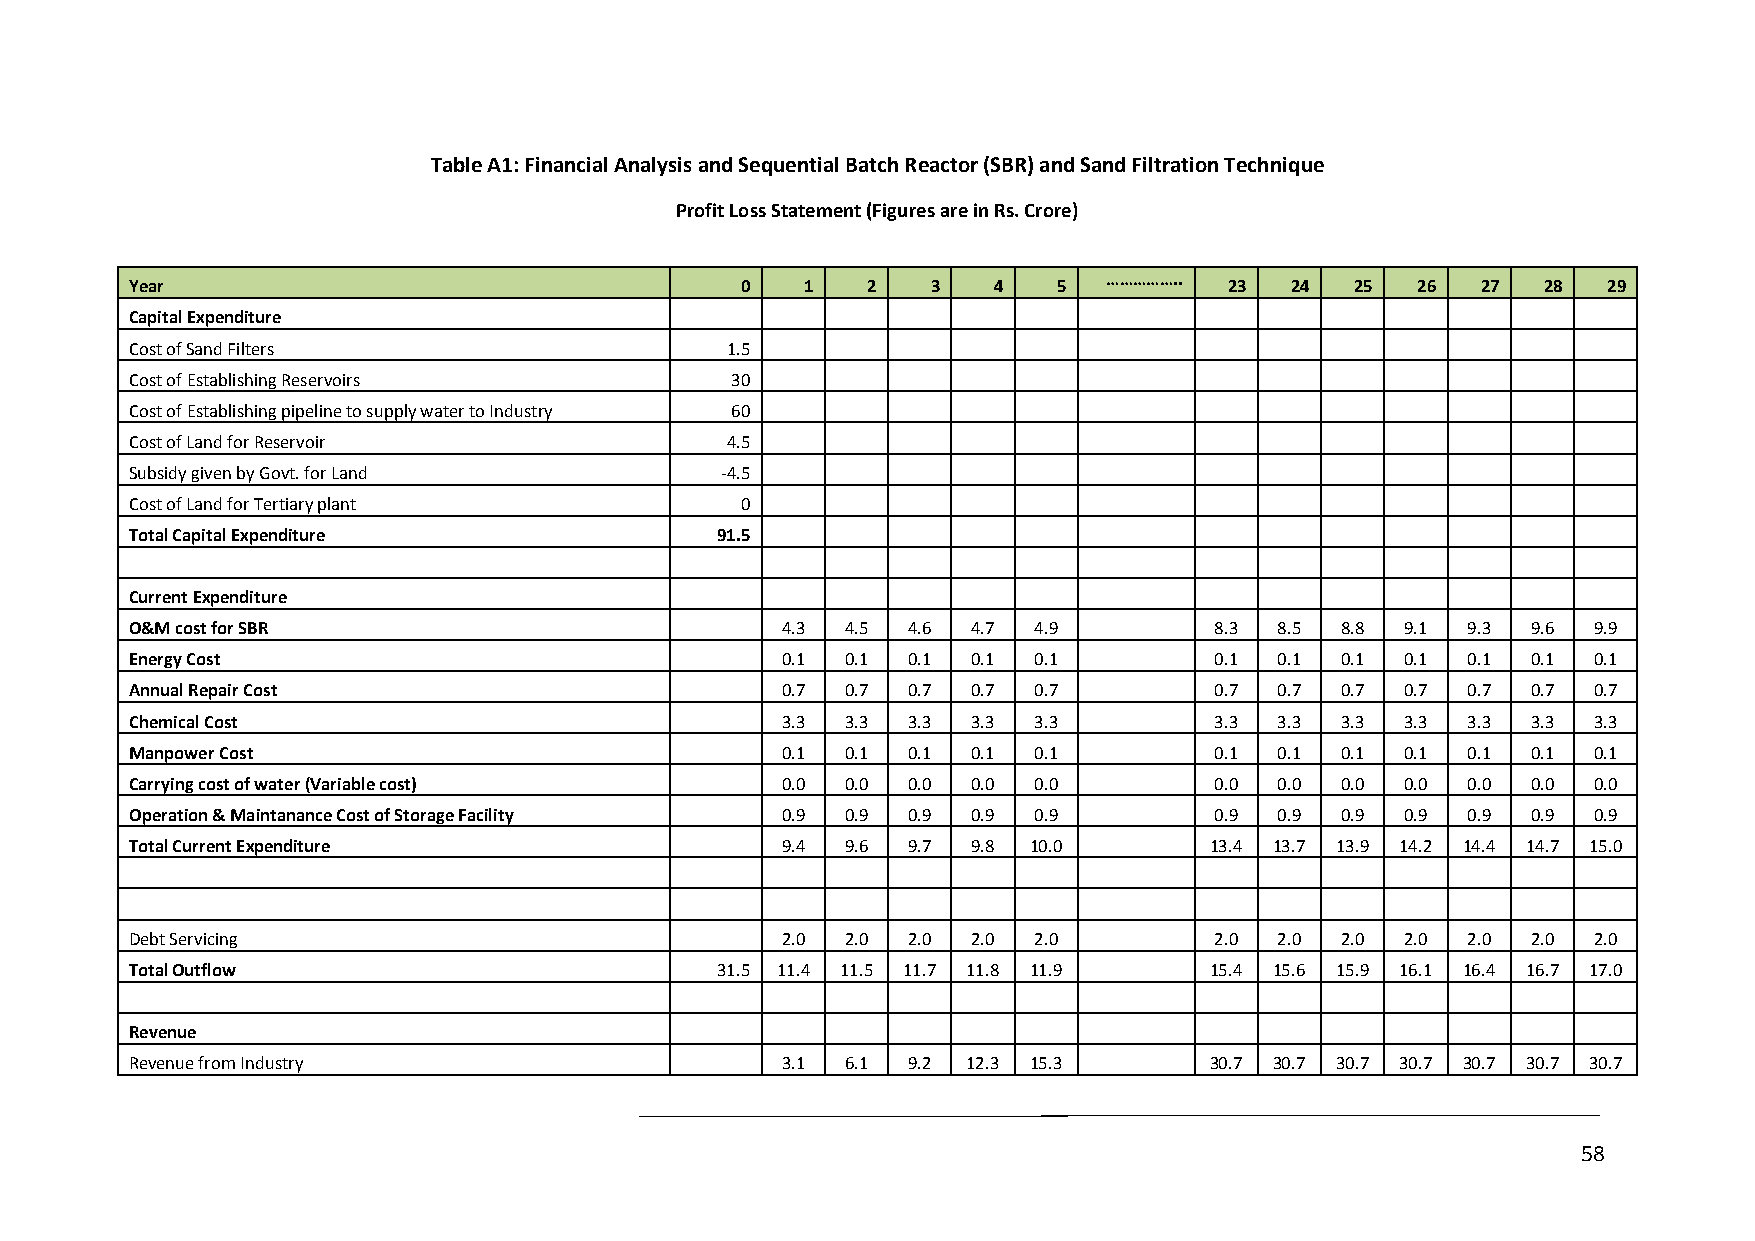
Table A1: Financial Analysis and Sequential Batch Reactor (SBR) and Sand Filtration Technique
 Profit Loss Statement (Figures are in Rs. Crore)
 ……………..
 Year                                    0   1   2    3   4   5          23  24   25  26  27  28  29
 Capital Expenditure
 Cost of Sand Filters                   1.5
 Cost of Establishing Reservoirs        30
 Cost of Establishing pipeline to supply water to Industry 60
 Cost of Land for Reservoir             4.5
 Subsidy given by Govt. for Land        -4.5
 Cost of Land for Tertiary plant         0
 Total Capital Expenditure             91.5
 Current Expenditure
 O&M cost for SBR                           4.3 4.5 4.6 4.7 4.9         8.3  8.5 8.8 9.1 9.3 9.6 9.9
 Energy Cost                                0.1 0.1 0.1 0.1 0.1         0.1  0.1 0.1 0.1 0.1 0.1 0.1
 Annual Repair Cost                         0.7 0.7 0.7 0.7 0.7         0.7  0.7 0.7 0.7 0.7 0.7 0.7
 Chemical Cost                              3.3 3.3 3.3 3.3 3.3         3.3  3.3 3.3 3.3 3.3 3.3 3.3
 Manpower Cost                              0.1 0.1 0.1 0.1 0.1         0.1  0.1 0.1 0.1 0.1 0.1 0.1
 Carrying cost of water (Variable cost)     0.0 0.0 0.0 0.0 0.0         0.0  0.0 0.0 0.0 0.0 0.0 0.0
 Operation & Maintanance Cost of Storage Facility 0.9 0.9 0.9 0.9 0.9   0.9  0.9 0.9 0.9 0.9 0.9 0.9
 Total Current Expenditure                  9.4 9.6 9.7 9.8 10.0        13.4 13.7 13.9 14.2 14.4 14.7 15.0
 Debt Servicing                             2.0 2.0 2.0 2.0 2.0         2.0  2.0 2.0 2.0 2.0 2.0 2.0
 Total Outflow                         31.5 11.4 11.5 11.7 11.8 11.9    15.4 15.6 15.9 16.1 16.4 16.7 17.0
 Revenue
 Revenue from Industry                      3.1 6.1 9.2 12.3 15.3       30.7 30.7 30.7 30.7 30.7 30.7 30.7
 58